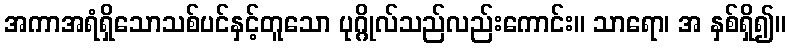
အကာအရံရှိသောသစ်ပင်နှင့်တူသော ပုဂ္ဂိုလ်သည်လည်းကောင်း။ သာရော၊ အ နှစ်ရှိ၍။